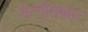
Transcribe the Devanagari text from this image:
सन्गीतकार